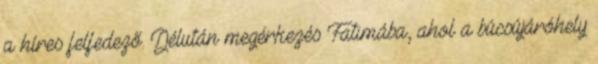
a híres felfedező. Délután megérkezés Fatimába, ahol a búcsújáróhely